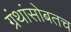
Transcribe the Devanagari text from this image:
ग्रंथांसोबतच